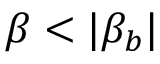
\beta < | \beta _ { b } |